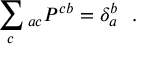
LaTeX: \sum _ { c } \O _ { a c } P ^ { c b } = \delta _ { a } ^ { b } \ \ .